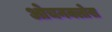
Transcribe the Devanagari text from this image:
ओचनक्लोस